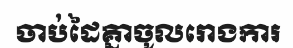
ចាប់ដៃគ្នាចូលរោងការ